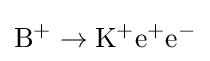
\mathrm {B} ^{+}\to \mathrm {K} ^{+}\mathrm {e} ^{+}\mathrm {e} ^{-}